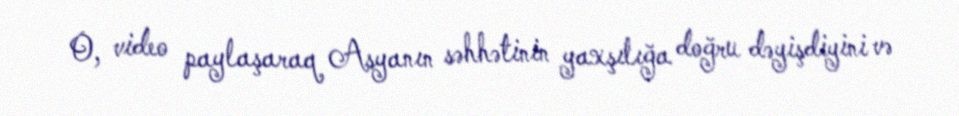
O, video paylaşaraq Asyanın səhhətinin yaxşılığa doğru dəyişdiyini və